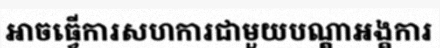
អាចធ្វើការសហការជាមួយបណ្តាអង្គការ